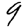
Digit: 9